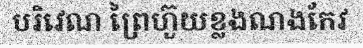
បរិវេណ ព្រៃហ៊ួយខ្លងណងកែវ